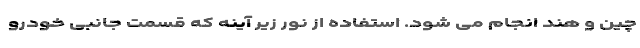
چین و هند انجام می شود. استفاده از نور زیر آینه که قسمت جانبی خودرو